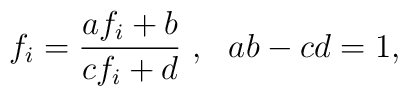
f_{i} = \frac{af_{i} + b}{cf_{i} + d}~, ~~ab - cd =1,